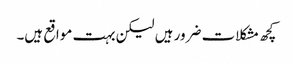
کچھ مشکلات ضرور ہیں لیکن بہت مواقع ہیں۔